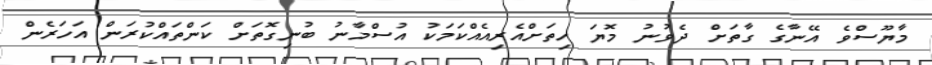
މާޔޫސްވެ އޭނާގެ ގާތަށް ދެވުނު މޮޔަ ހިތަށްއެރިއެއްކަމަކު އުސްމާނު ބުނިގޮތަށް ކަންތައްކުރަން އަހަރެން